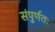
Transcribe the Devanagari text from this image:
संपुर्णतः